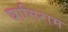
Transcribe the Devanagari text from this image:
घासिराम